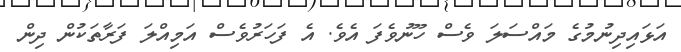
އަޅައިދިނުމުގެ މައްސަލަ ވެސް ހޫނުވެފަ އެވެ. އެ ފަހަރުވެސް އަމިއްލަ ފަރާތަކުން ދިން